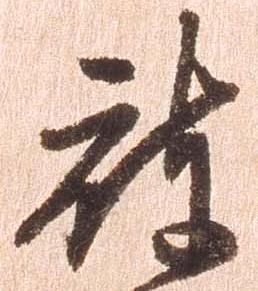
被